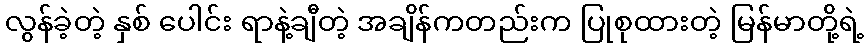
လွန်ခဲ့တဲ့ နှစ် ပေါင်း ရာနဲ့ချီတဲ့ အချိန်ကတည်းက ပြုစုထားတဲ့ မြန်မာတို့ရဲ့